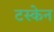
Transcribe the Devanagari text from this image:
टस्केन